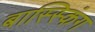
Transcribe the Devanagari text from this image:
बास्स्किंग